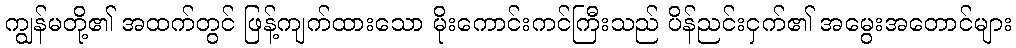
ကျွန်မတို့၏ အထက်တွင် ဖြန့်ကျက်ထားသော မိုးကောင်းကင်ကြီးသည် ပိန်ညင်းငှက်၏ အမွေးအတောင်များ